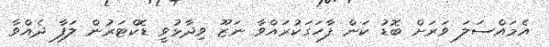
އެމައްސަލަ ވަރަށް ބޮޑު ކަން ފާހަގަކުރައްވާ ނަޒޫ ވިދާޅުވީ ޑޮކްޓަރުން ލަފާ ދެއްވާ